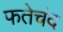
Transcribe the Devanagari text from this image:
फतेचंद